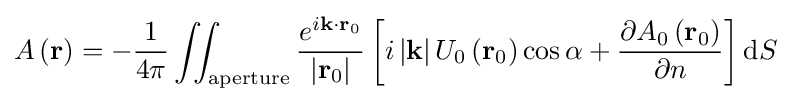
A\left(\mathbf {r} \right)=-{\frac {1}{4\pi }}\iint _{\mathrm {aperture} }{\frac {e^{i\mathbf {k} \cdot \mathbf {r} _{0}}}{\left|\mathbf {r} _{0}\right|}}\left[i\left|\mathbf {k} \right|U_{0}\left(\mathbf {r} _{0}\right)\cos {\alpha }+{\frac {\partial A_{0}\left(\mathbf {r} _{0}\right)}{\partial n}}\right]\mathrm {d} S